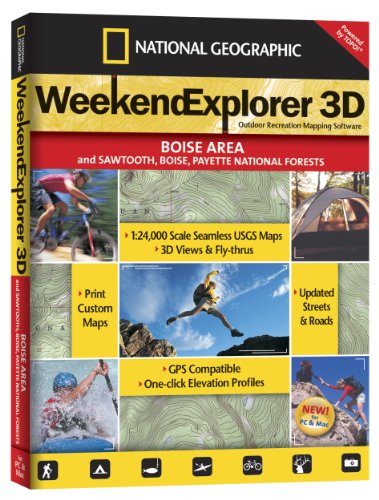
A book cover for Weekend Explorer 3D - Boise Area and Sawtooth, Boise, Payette N.F.; National Geographic Maps; Travel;